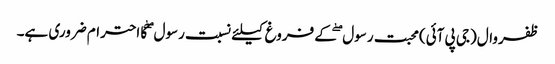
ظفروال(جی پی آئی)محبت رسول ۖ کے فروغ کیلئے نسبت رسول ۖ کا احترام ضروری ہے۔